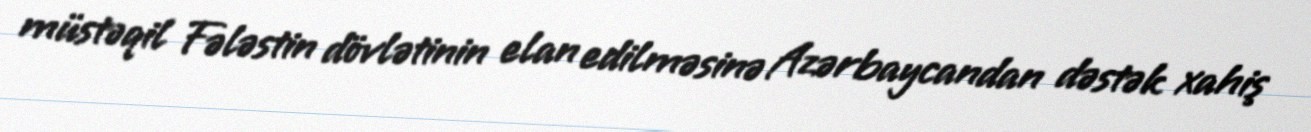
müstəqil Fələstin dövlətinin elan edilməsinə Azərbaycandan dəstək xahiş